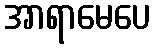
အာရာမေပေ